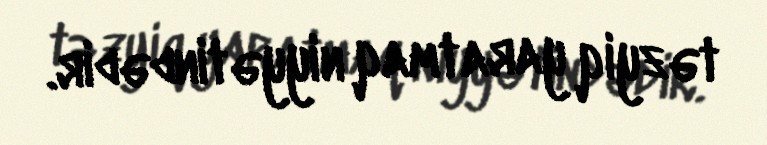
təzyiq yaratmaq niyyətindədir.